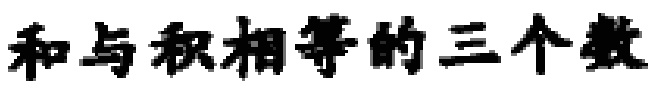
和与积相等的三个数